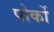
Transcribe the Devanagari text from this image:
पोर्को